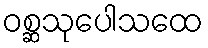
ဝစ္ဆသုပေါသထေ